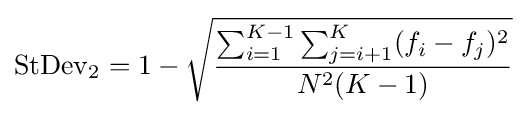
\operatorname {StDev} _{2}=1-{\sqrt {\frac {\sum _{i=1}^{K-1}\sum _{j=i+1}^{K}(f_{i}-f_{j})^{2}}{N^{2}(K-1)}}}